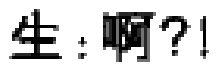
生：啊？!